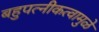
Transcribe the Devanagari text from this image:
बहुपत्‍नीकत्वामुळे